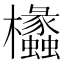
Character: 欚